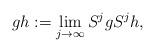
LaTeX: \begin{align*} gh:=\lim_{j\to\infty}S^j g S^j h, \end{align*}